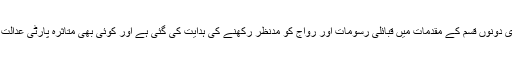
فاٹا میں نافذ کیے جانے والے نظام عدل کے تحت قاضیوں کو سول اور فوجداری دونوں قسم کے مقدمات میں قبائلی رسومات اور رواج کو مدنظر رکھنے کی ہدایت کی گئی ہے اور کوئی بھی متاثرہ پارٹی عدالت میں درخواست دیتے ہوئے کیس میں رواج کی بنیاد پر فیصلہ مانگ سکتی ہے۔